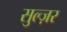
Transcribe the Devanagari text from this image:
सुल्ज़र